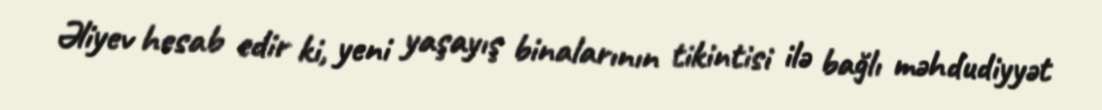
Əliyev hesab edir ki, yeni yaşayış binalarının tikintisi ilə bağlı məhdudiyyət